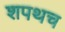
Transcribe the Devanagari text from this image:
शपथच